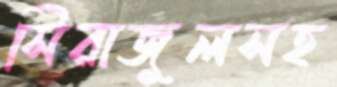
সিরাজুলসহ